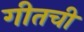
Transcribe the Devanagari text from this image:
गीतची